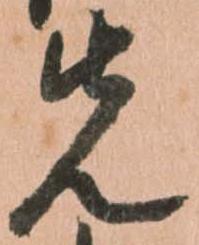
先